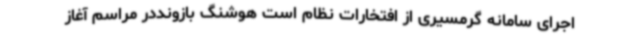
اجرای سامانه گرمسیری از افتخارات نظام است هوشنگ بازونددر مراسم آغاز